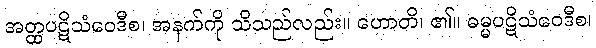
အတ္ထပဋိသံဝေဒီစ၊ အနက်ကို သိသည်လည်း။ ဟောတိ၊ ၏။ ဓမ္မပဋိသံဝေဒီစ၊